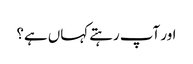
اور آپ رہتے کہاں ہے؟